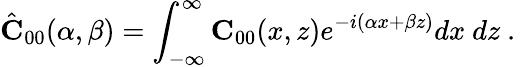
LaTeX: \hat{\mathbf C}_{00}(\alpha,\beta)=\int_{-\infty}^{\infty}{\mathbf C}_{00}(x,z)e^{-i(\alpha x+\beta z)}dx\ dz\mathrm{~.~}